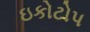
ઇકોટોપ